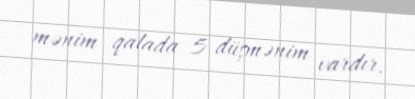
mənim qalada 5 düşmənim vardır.